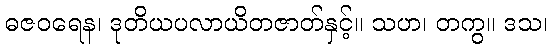
ဓဇဝရေန၊ ဒုတိယပလာယိတဇာတ်နှင့်။ သဟ၊ တကွ။ ဒသ၊